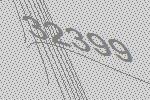
32399